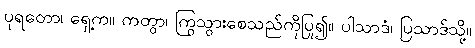
ပုရတော၊ ရှေ့က။ ကတွာ၊ ကြွသွားစေသည်ကိုပြု၍။ ပါသာဒံ၊ ပြသာဒ်သို့။